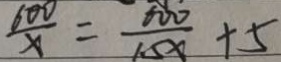
\frac { 6 0 0 } { x } = \frac { 6 0 0 } { 1 . 5 x } + 5